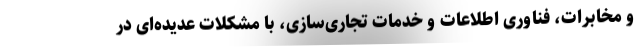
و مخابرات، فناوری اطلاعات و خدمات تجاری‌سازی، با مشکلات عدیده‌ای در